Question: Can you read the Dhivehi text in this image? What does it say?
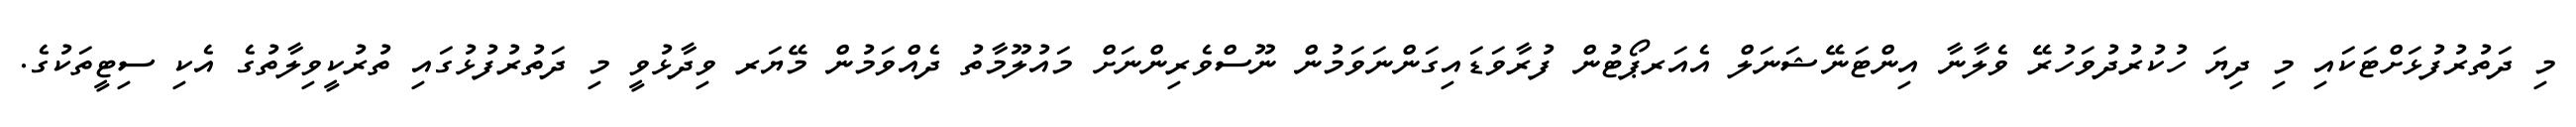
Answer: މި ދަތުރުފުޅަށްޓަކައި މި ދިޔަ ހުކުރުދުވަހުރޭ ވެލާނާ އިންޓަނޭޝަނަލް އެއަރޕޯޓުން ފުރާވަޑައިގަންނަވަމުން ނޫސްވެރިންނަށް މައުލޫމާތު ދެއްވަމުން މޭޔަރ ވިދާޅުވީ މި ދަތުރުފުޅުގައި ތުރުކީވިލާތުގެ އެކި ސިޓީތަކުގެ.